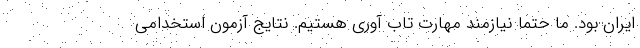
ایران بود. ما حتما نیازمند مهارت تاب آوری هستیم. نتایج آزمون استخدامی